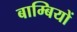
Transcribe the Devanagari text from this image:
बाम्बियों